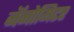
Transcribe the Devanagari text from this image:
नॅनोमिटर